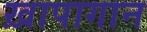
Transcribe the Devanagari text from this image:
ख़ापागान